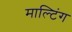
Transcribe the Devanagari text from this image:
माल्टिंग